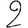
Digit: 2